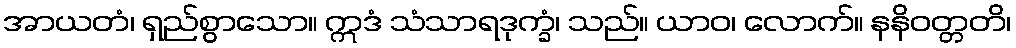
အာယတံ၊ ရှည်စွာသော။ ဣဒံ သံသာရဒုက္ခံ၊ သည်။ ယာဝ၊ လောက်။ နနိဝတ္တတိ၊